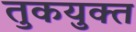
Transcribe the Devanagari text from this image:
तुकयुक्त